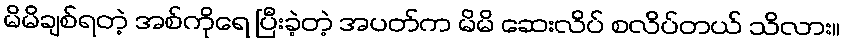
မိမိချစ်ရတဲ့ အစ်ကိုရေ ပြီးခဲ့တဲ့ အပတ်က မိမိ ဆေးလိပ် စလိပ်တယ် သိလား။